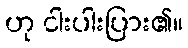
ဟု ငါးပါးပြား၏။